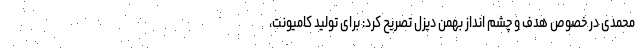
محمدی در خصوص هدف و چشم انداز بهمن دیزل تصریح کرد: برای تولید کامیونت،